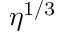
\eta ^ { 1 / 3 }